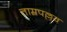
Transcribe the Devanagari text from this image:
ताम्रपल्लव